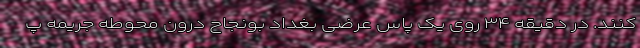
کنند. در دقیقه ۳۴ روی یک پاس عرضی بغداد بونجاح درون محوطه جریمه پ